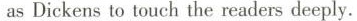
as Dickens to touch the readers deeply.